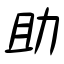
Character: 助